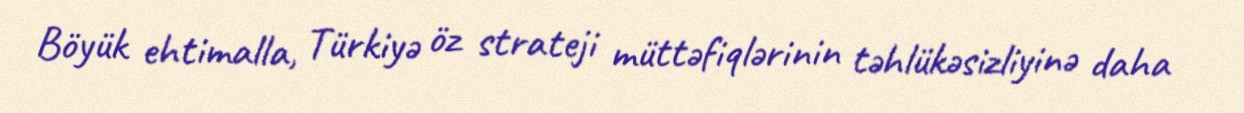
Böyük ehtimalla, Türkiyə öz strateji müttəfiqlərinin təhlükəsizliyinə daha